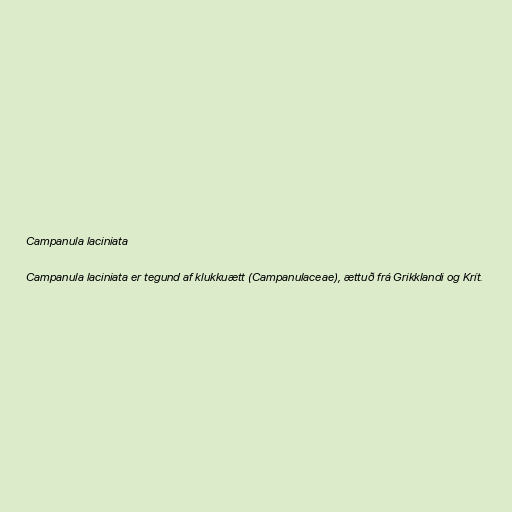
Campanula laciniata

Campanula laciniata er tegund af klukkuætt (Campanulaceae), ættuð frá Grikklandi og Krít.